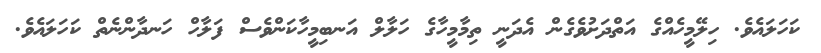
ކަހަލައެވެ. ހިލޭމީހެއްގެ އަތްދަށުވެގެން އެދަނީ ތިމާމީހާގެ ހަލާލް އަނބިމީހާކަންވެސް ފަލާހް ހަނދާންނެތް ކަހަލައެވެ.